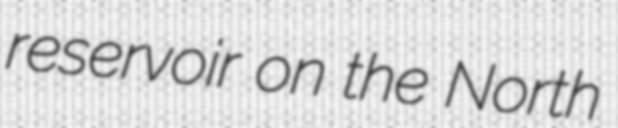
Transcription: reservoir on the North